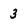
Character: 3